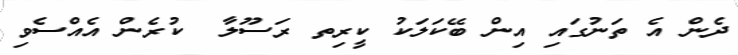
ދެން އެ ތަނުގައި އިން ބޭކަލަކު ކީރިތ ރަސޫލާ  ކުރެން އެއްސެވި